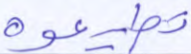
تطيعوه